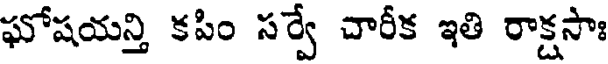
ఘోషయన్తి కపిం సర్వే చారీక ఇతి రాక్షసాః